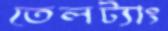
তেলট্যাং